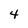
Character: 4